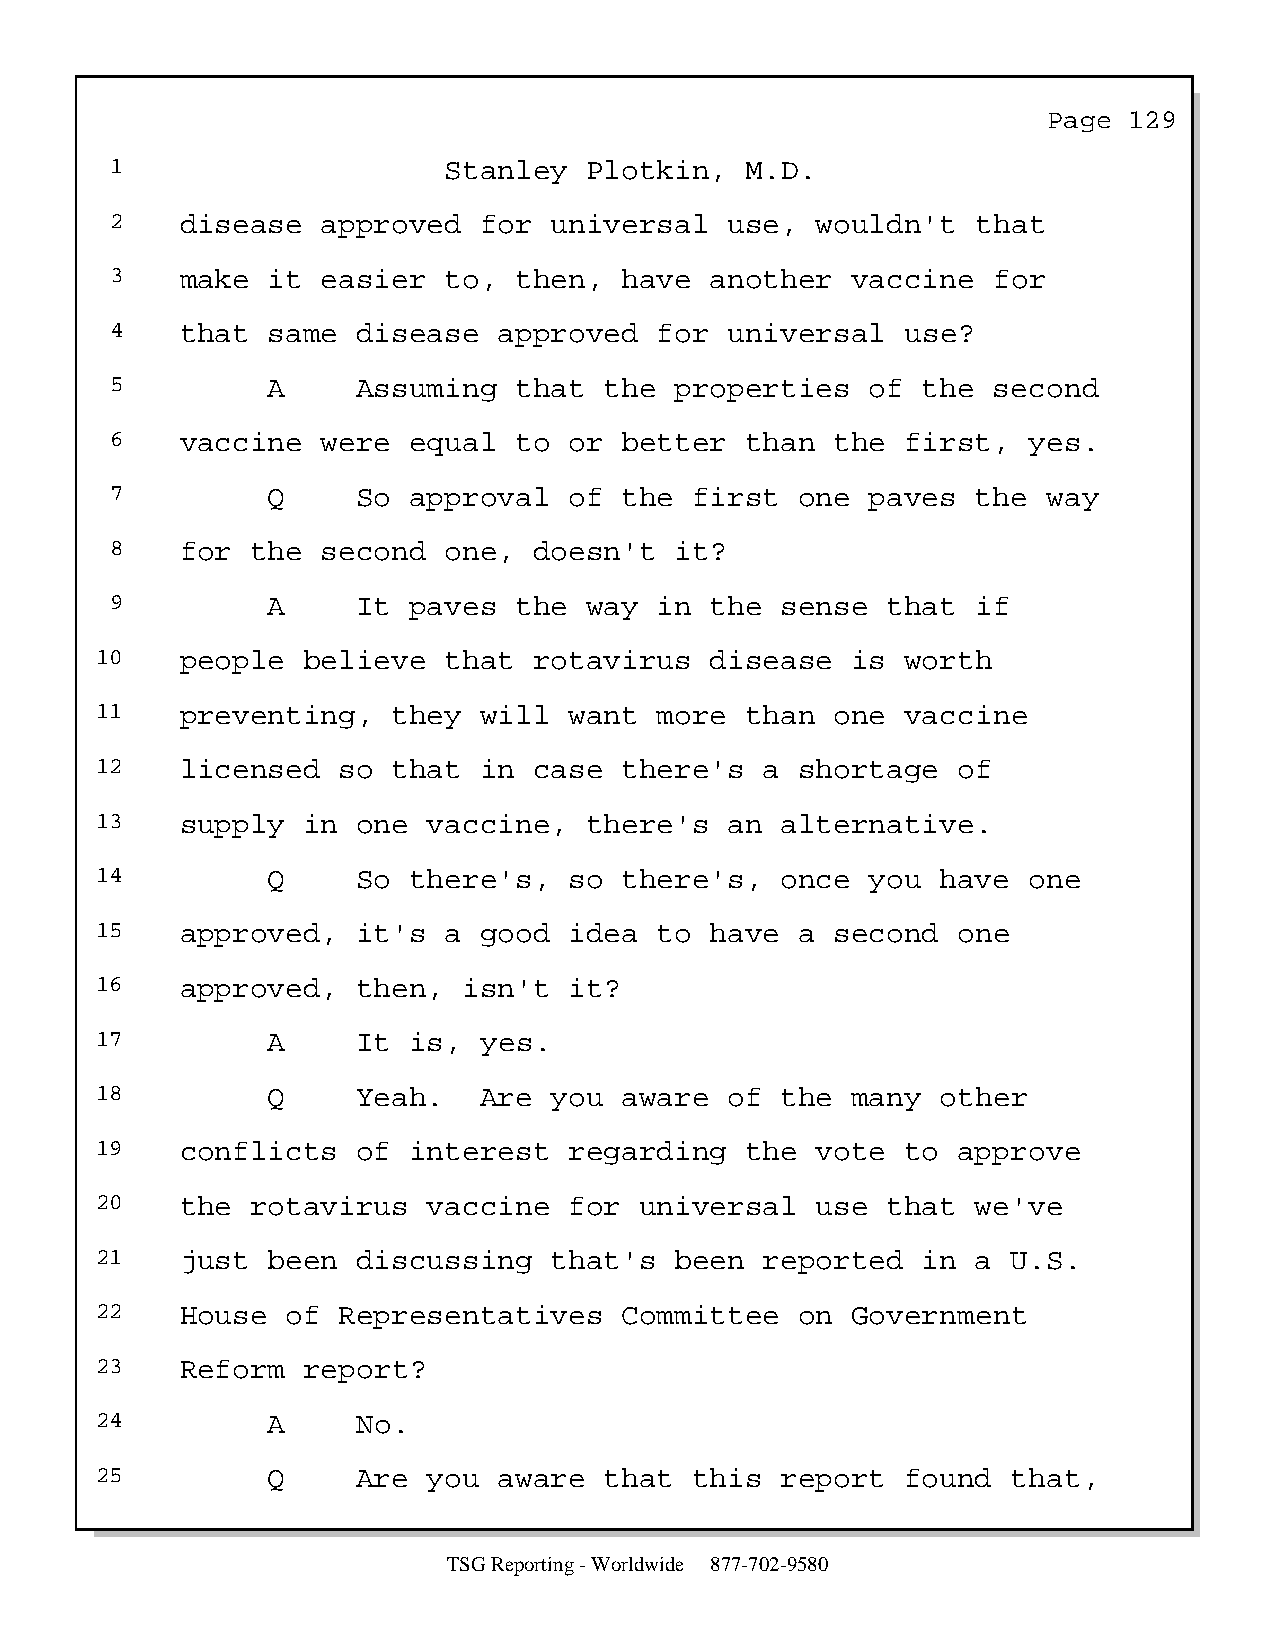
Page  129
 1                     Stanley   Plotkin,  M.D.
 2    disease  approved   for universal   use,  wouldn't   that
 3    make  it easier  to,  then,  have  another  vaccine   for
 4    that  same  disease  approved   for universal   use?
 5          A     Assuming  that  the  properties   of the  second
 6    vaccine  were  equal  to  or better  than  the  first,  yes.
 7          Q     So approval   of the  first  one  paves  the way
 8    for  the second  one,  doesn't   it?
 9          A     It paves  the  way  in the  sense  that  if
 10    people  believe  that  rotavirus   disease  is  worth
 11    preventing,   they  will  want  more than  one  vaccine
 12    licensed  so  that  in case  there's   a shortage  of
 13    supply  in  one vaccine,   there's  an  alternative.
 14          Q     So there's,   so there's,   once  you have  one
 15    approved,   it's a  good  idea  to have  a second  one
 16    approved,   then,  isn't  it?
 17          A     It is,  yes.
 18          Q     Yeah.   Are you  aware  of  the many  other
 19    conflicts   of interest   regarding  the  vote  to approve
 20    the  rotavirus  vaccine   for universal   use  that  we've
 21    just  been  discussing  that's   been  reported  in  a U.S.
 22    House  of Representatives    Committee   on Government
 23    Reform  report?
 24          A     No.
 25          Q     Are you  aware  that  this  report  found  that,
 TSG Reporting - Worldwide 877-702-9580